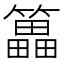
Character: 䉪